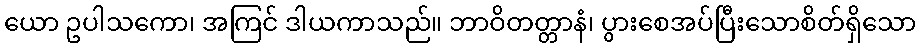
ယော ဥပါသကော၊ အကြင် ဒါယကာသည်။ ဘာဝိတတ္တာနံ၊ ပွားစေအပ်ပြီးသောစိတ်ရှိသော